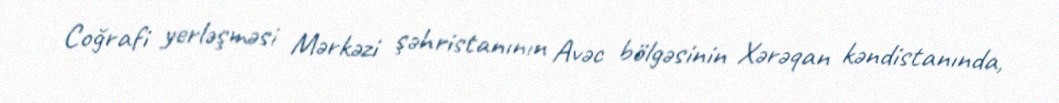
Coğrafi yerləşməsi Mərkəzi şəhristanının Avəc bölgəsinin Xərəqan kəndistanında,